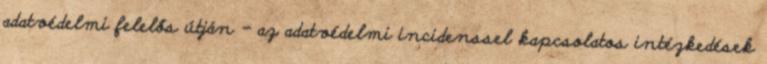
adatvédelmi felelős útján - az adatvédelmi incidenssel kapcsolatos intézkedések